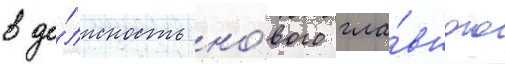
в до́лжность но́вого гла́вного